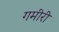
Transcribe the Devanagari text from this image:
गमीरी